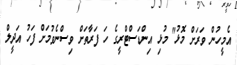
އެމީހުން ވަރަށް މޮޅު" މުޅި އިންޑަސްޓްރީގެ ހަ ފަރާތަށް ވިސްނެވުމަށް ފަހު އަދީލް